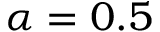
\alpha = 0 . 5